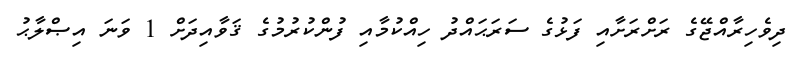
ދިވެހިރާއްޖޭގެ ރަށްރަށާއި ފަޅުގެ ސަރަޙައްދު ހިއްކުމާއި ފުންކުރުމުގެ ޤަވާއިދަށް 1 ވަނަ އިޞްލާޙު